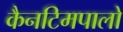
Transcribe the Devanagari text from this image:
कैनटिमपालो